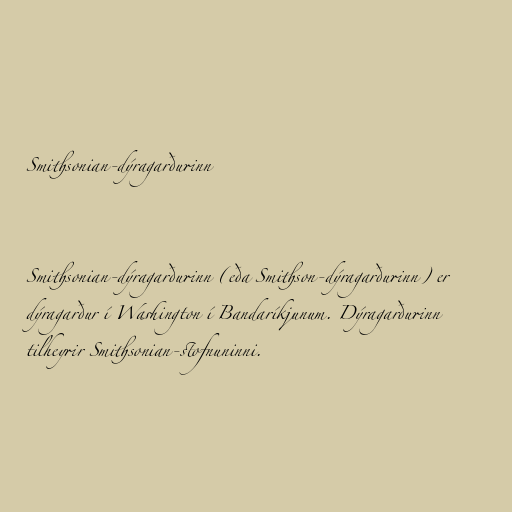
Smithsonian-dýragarðurinn

Smithsonian-dýragarðurinn (eða Smithson-dýragarðurinn) er
dýragarður í Washington í Bandaríkjunum. Dýragarðurinn
tilheyrir Smithsonian-stofnuninni.